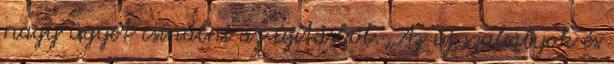
nagy ügyet csinálni az újításból. „Az új szabályok és